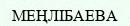
МЕҢЛІБАЕВА